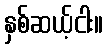
နှစ်ဆယ့်ငါး။